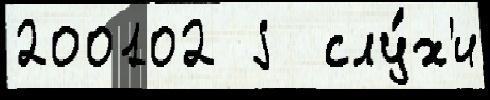
200102 j  слу́х'и